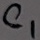
Text: C1